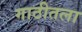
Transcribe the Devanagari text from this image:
गाठीतला